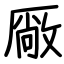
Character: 厰